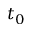
t _ { 0 }